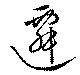
遷